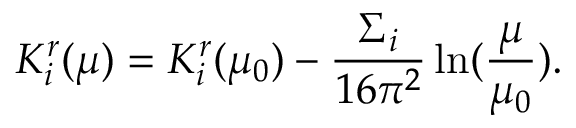
K _ { i } ^ { r } ( \mu ) = K _ { i } ^ { r } ( \mu _ { 0 } ) - \frac { \Sigma _ { i } } { 1 6 \pi ^ { 2 } } \ln ( \frac { \mu } { \mu _ { 0 } } ) .